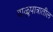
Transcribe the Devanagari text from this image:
वाळुपात्रातील